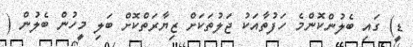
ޑީ) ގައި ބެލުންކޮންމެ ހަފުތާއަކު ޖަލުތަކަށް ޒިޔާރަތްކޮށް ބަލި މީހުން ބެލުން (